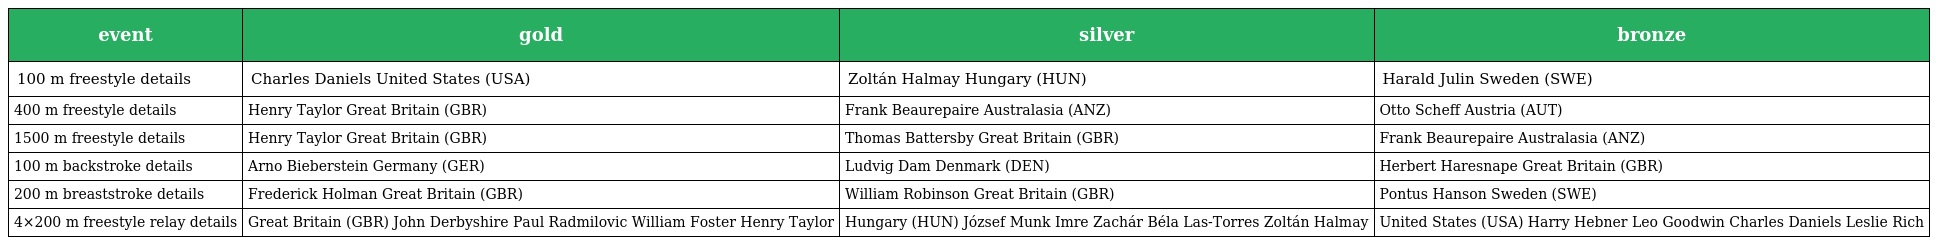
| event | gold | silver | bronze |
 | --- | --- | --- | --- |
 | 100 m freestyle details | Charles Daniels United States (USA) | Zoltán Halmay Hungary (HUN) | Harald Julin Sweden (SWE) |
 | 400 m freestyle details | Henry Taylor Great Britain (GBR) | Frank Beaurepaire Australasia (ANZ) | Otto Scheff Austria (AUT) |
 | 1500 m freestyle details | Henry Taylor Great Britain (GBR) | Thomas Battersby Great Britain (GBR) | Frank Beaurepaire Australasia (ANZ) |
 | 100 m backstroke details | Arno Bieberstein Germany (GER) | Ludvig Dam Denmark (DEN) | Herbert Haresnape Great Britain (GBR) |
 | 200 m breaststroke details | Frederick Holman Great Britain (GBR) | William Robinson Great Britain (GBR) | Pontus Hanson Sweden (SWE) |
 | 4×200 m freestyle relay details | Great Britain (GBR) John Derbyshire Paul Radmilovic William Foster Henry Taylor | Hungary (HUN) József Munk Imre Zachár Béla Las-Torres Zoltán Halmay | United States (USA) Harry Hebner Leo Goodwin Charles Daniels Leslie Rich |